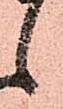
候